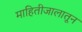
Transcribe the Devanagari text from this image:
माहितीजालातून